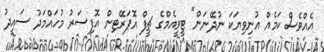
އެއްވެސް ކަމެއް އުނިވިޔަކަ ނުދޭނަން" ޓީވީއެމްގެ ޗީފް އޮޕަރޭޓިން އޮފިސަރު މުހައްމަދު ސައީދު